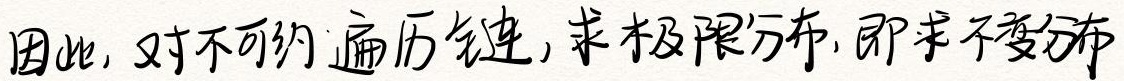
因此, 对不可约遍历链, 求极限分布, 即求不变分布